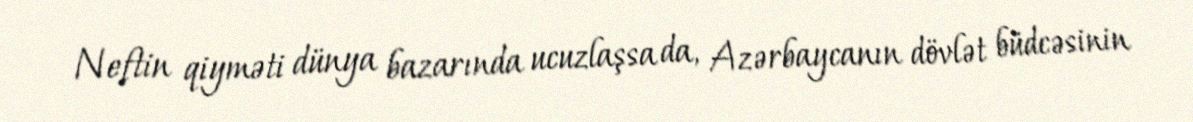
Neftin qiyməti dünya bazarında ucuzlaşsa da, Azərbaycanın dövlət büdcəsinin